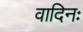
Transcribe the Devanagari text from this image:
वादिनः